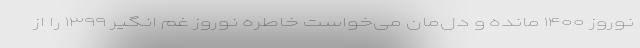
نوروز ۱۴۰۰ مانده و دل‌مان می‌خواست خاطره نوروز غم انگیر ۱۳۹۹ را از